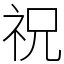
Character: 祝